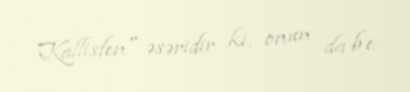
Kallisfen" əsəridir ki, onun da b.e.